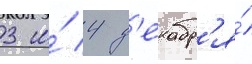
3 и́ 4 д'екабр'я́